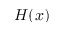
H ( x )